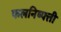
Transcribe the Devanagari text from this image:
फलनिष्पत्ती